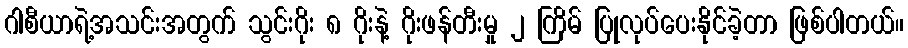
ဂါစီယာရဲ့အသင်းအတွက် သွင်းဂိုး ၈ ဂိုးနဲ့ ဂိုးဖန်တီးမှု ၂ ကြိမ် ပြုလုပ်ပေးနိုင်ခဲ့တာ ဖြစ်ပါတယ်။